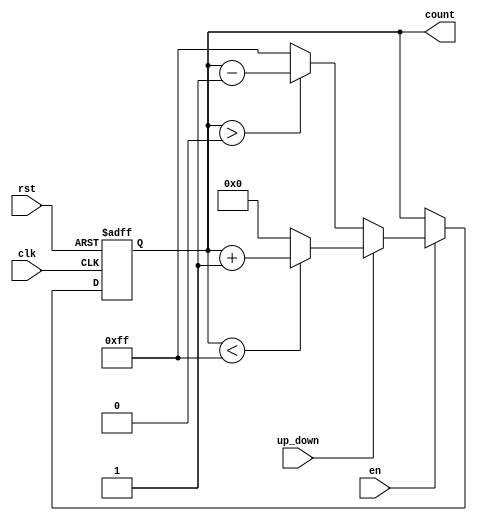
module UpDownCounter #(
    parameter N = 8,                // Size of the counter (in bits)
    parameter MAX_COUNT = 2**N - 1  // Maximum count value based on N
)(
    input wire clk,                 // Clock input
    input wire rst,                 // Asynchronous reset
    input wire up_down,             // Up/Down control signal
    input wire en,                  // Enable signal
    output reg [N-1:0] count        // N-bit count output
);

    // Asynchronous reset logic
    always @(posedge clk or posedge rst) begin
        if (rst) begin
            count <= 0;              // Initialize count to 0 on reset
        end else if (en) begin
            if (up_down) begin
                // Count up
                if (count < MAX_COUNT) begin
                    count <= count + 1; // Increment count
                end else begin
                    count <= 0;         // Wrap around to 0
                end
            end else begin
                // Count down
                if (count > 0) begin
                    count <= count - 1; // Decrement count
                end else begin
                    count <= MAX_COUNT;  // Wrap around to MAX_COUNT
                end
            end
        end
    end

endmodule